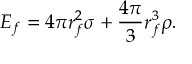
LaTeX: E _ { f } = 4 \pi r _ { f } ^ { 2 } \sigma + { \frac { 4 \pi } { 3 } } r _ { f } ^ { 3 } \rho .